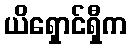
ယိရှောင်ရှီက